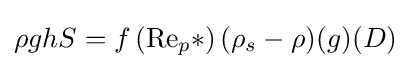
{\rho ghS}=f\left(\mathrm {Re} _{p}*\right){(\rho _{s}-\rho )(g)(D)}